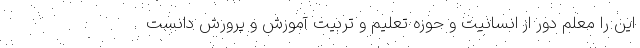
این را معلم دور از انسانیت و حوزه تعلیم و تربیت آموزش و پرورش دانست